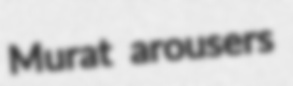
Murat arousers